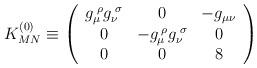
LaTeX: \begin{align*}K^{(0)}_{MN} \equiv \left( \begin{array}{ccc} g_{\mu}^{\;\rho} g_{\nu}^{\;\sigma}& 0 & - g_{\mu \nu} \\ 0 & - g_{\mu}^{\;\rho} g_{\nu}^{\;\sigma}& 0 \\ 0 & 0 & 8 \\ \end{array} \right)\end{align*}